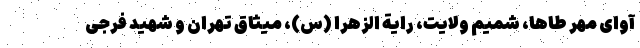
آوای مهر طاها، شمیم ولایت، رایة الزهرا (س)، میثاق تهران و شهید فرجی